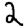
Digit: 2